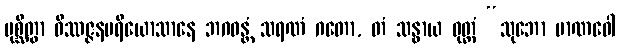
ပုစ္ဆိတွာ ဝိဿဇ္ဇနပရိယောသာနေ ဘဂဝန္တံ သရဏံ ဂတော, တံ သန္ဓာယ ဝုတ္တံ “သုဘော မာဏဝေါ